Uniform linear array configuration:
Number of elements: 64
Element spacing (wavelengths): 0.25
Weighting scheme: exponential
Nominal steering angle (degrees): -45
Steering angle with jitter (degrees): -45.568
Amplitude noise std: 0.05
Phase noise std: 0.05

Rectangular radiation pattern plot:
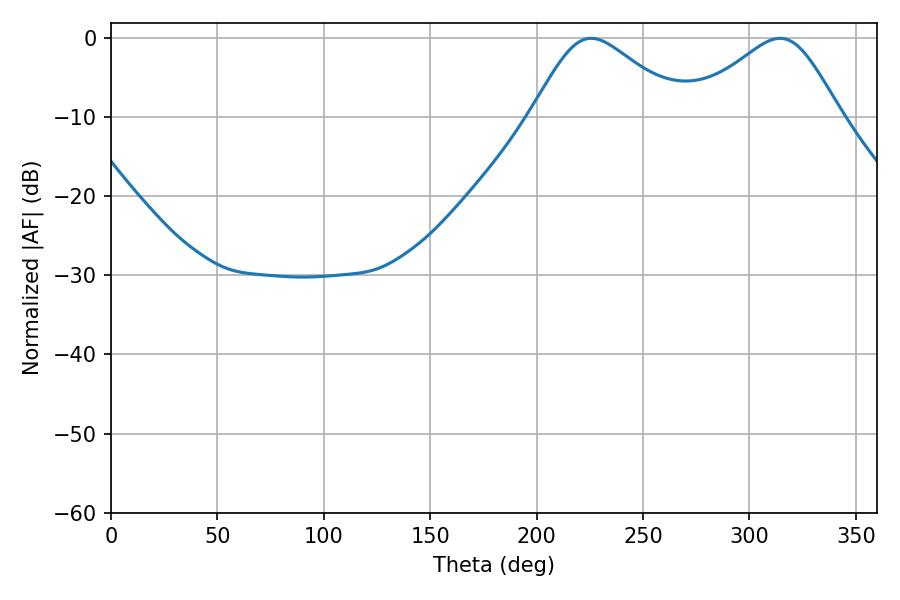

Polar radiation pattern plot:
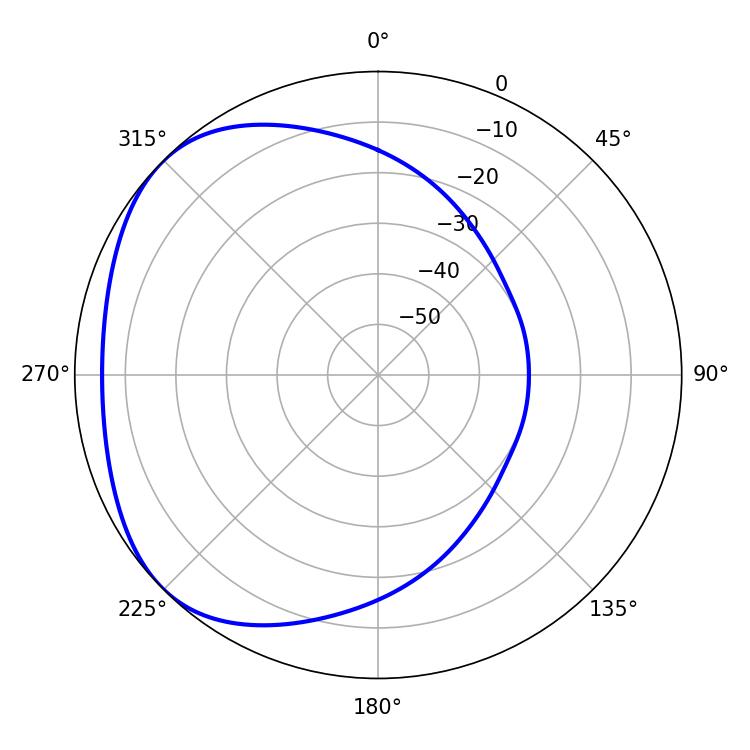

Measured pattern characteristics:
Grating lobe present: FALSE
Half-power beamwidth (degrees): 35.1
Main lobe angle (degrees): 225.54